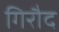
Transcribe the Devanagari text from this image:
गिरौद